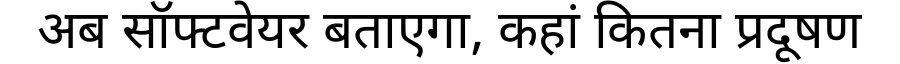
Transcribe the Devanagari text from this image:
अब सॉफ्टवेयर बताएगा, कहां कितना प्रदूषण